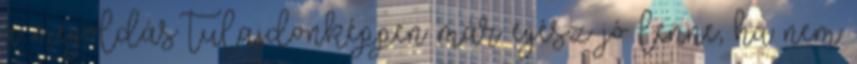
a megoldás tulajdonképpen már egész jó lenne, ha nem